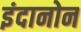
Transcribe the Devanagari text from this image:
इंदानोन